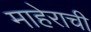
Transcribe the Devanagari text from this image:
माहेराची